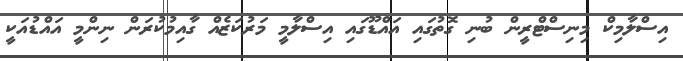
އިސްލާމިކް މިނިސްޓްރީން ބުނި ގޮތުގައި އައްޑޫގައި އިސްލާމީ މަރުކަޒެއް ގާއިމުކުރަން ނިންމީ އައްޑުއަކީ